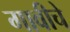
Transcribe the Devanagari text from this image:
गावीचे